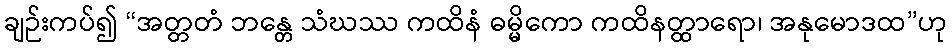
ချဉ်းကပ်၍ “အတ္တတံ ဘန္တေ သံဃဿ ကထိနံ ဓမ္မိကော ကထိနတ္ထာရော၊ အနုမောဒထ”ဟု